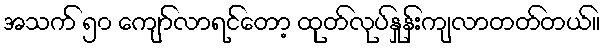
အသက် ၅၀ ကျော်လာရင်တော့ ထုတ်လုပ်နှုန်းကျလာတတ်တယ်။